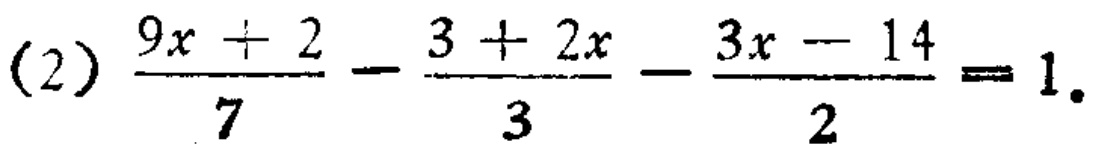
(2) \(\frac{9x + 2}{7}-\frac{3 + 2x}{3}-\frac{3x - 14}{2}=1\)